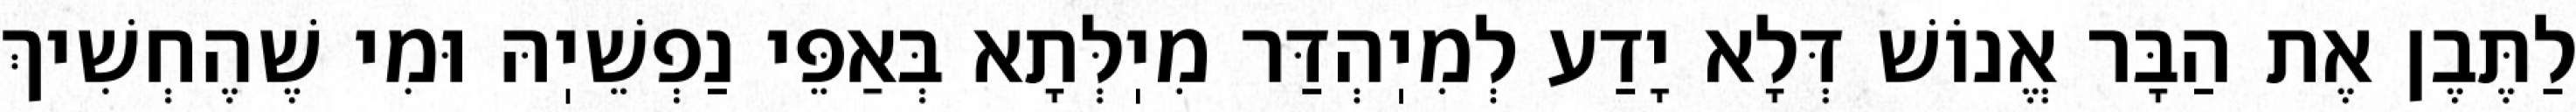
לַתֶּבֶן אֶת הַבָּר אֱנוֹשׁ דְּלָא יָדַע לְמִיֽהְדַּר מִיֽלְּתָא בְּאַפֵּי נַפְשֵׁיֽהּ וּמִי שֶׁהֶחְשִׁיךְ